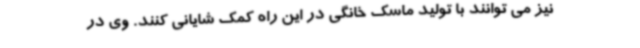
نیز می توانند با تولید ماسک خانگی در این راه کمک شایانی کنند. وی در